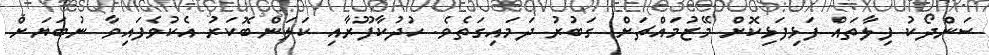
ސަންދޯކު ފިލާތައް ފަޅިފަޅިކޮށް މޭޒުމައްޗަށް ގަބުރު ދަމައިގަތެވެ. ހުދުކާފޫރާއި ކަލަންބޮކަރު އެކުވެފައިވާ ނުބަޔަށް